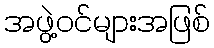
အဖွဲ့ဝင်များအဖြစ်